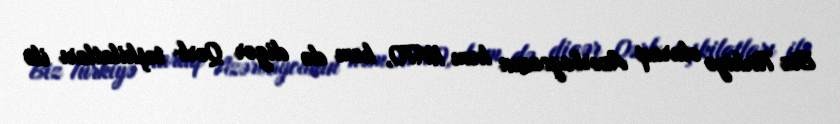
Biz Türkiyə olaraq Azərbaycanın həm NATO, həm də digər Qərb təşkilatları ilə